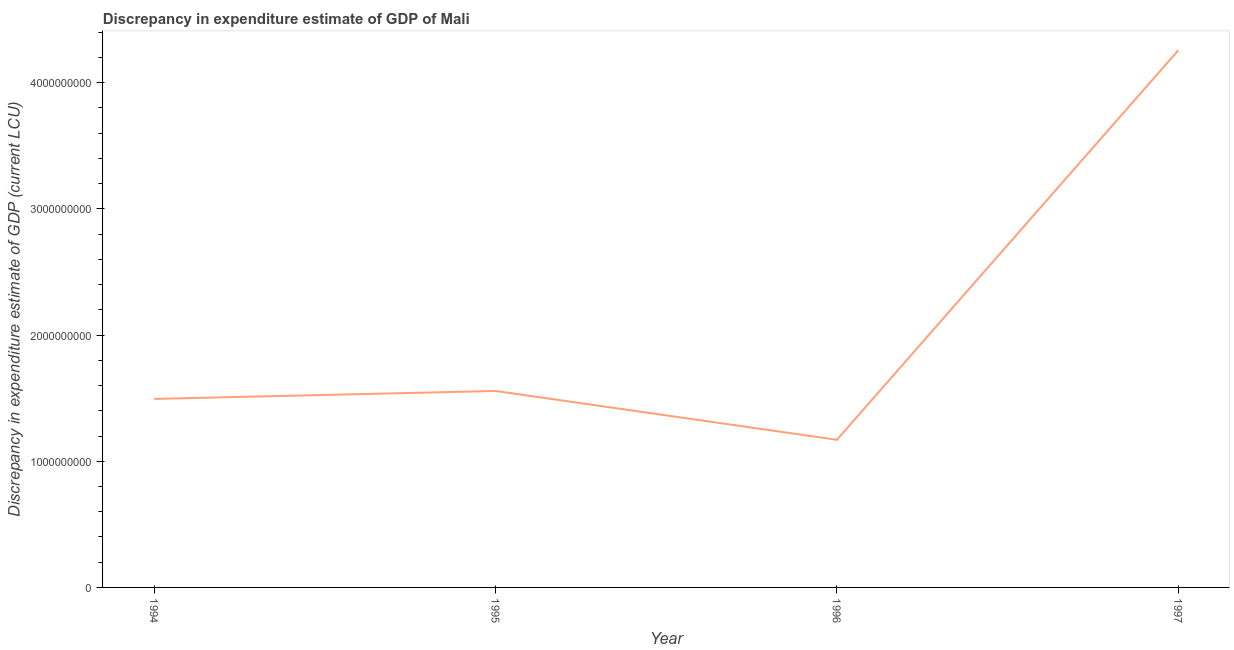
| Year | Discrepancy current LCU |
 | --- | --- |
 | 1994 | 1.49e+09 |
 | 1995 | 1.56e+09 |
 | 1996 | 1.17e+09 |
 | 1997 | 4.26e+09 |